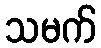
သမက်